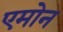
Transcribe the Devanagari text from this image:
एमोन